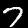
Digit: 7